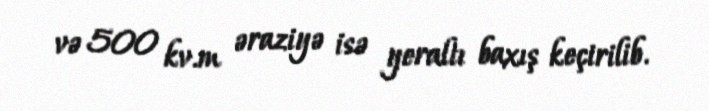
və 500 kv.m əraziyə isə yeraltı baxış keçirilib.